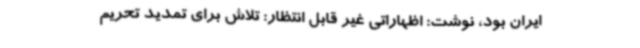
ایران بود، نوشت: اظهاراتی غیر قابل انتظار: تلاش برای تمدید تحریم